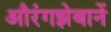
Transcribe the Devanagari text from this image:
औरंगझेबानें